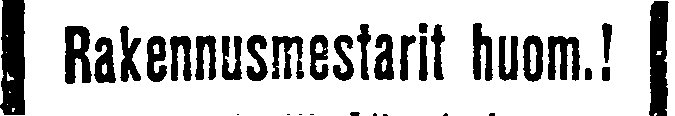
Rakennusmestarit huom.!